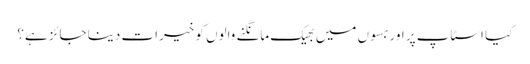
کیا اسٹاپ پر اور بسوں میں بھیک مانگنے والوں کو خیرات دینا جائز ہے؟